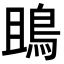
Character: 鴡